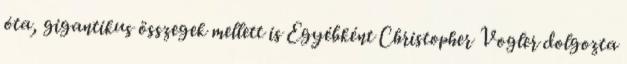
óta, gigantikus összegek mellett is Egyébként Christopher Vogler dolgozta